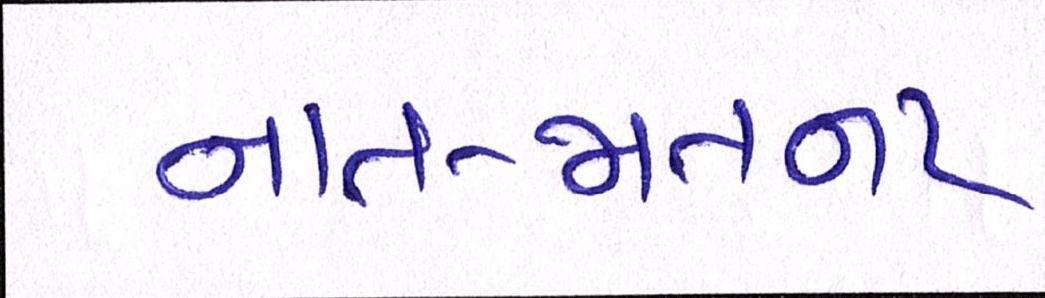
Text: નાત-જાતના